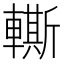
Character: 䡳